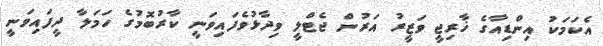
އެކަމަކު އިންޑިއާގެ ޚާރިޖީ ވަޒީރު އަރުން ޖެޓްލީ ވިދާޅުވެފައިވަނީ ކާރުބޮމުގެ ހަމަލާ ދީފައިވަނީ